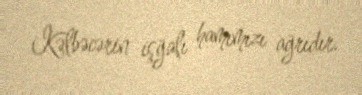
Kəlbəcərin işğalı hamımızı ağrıdır.